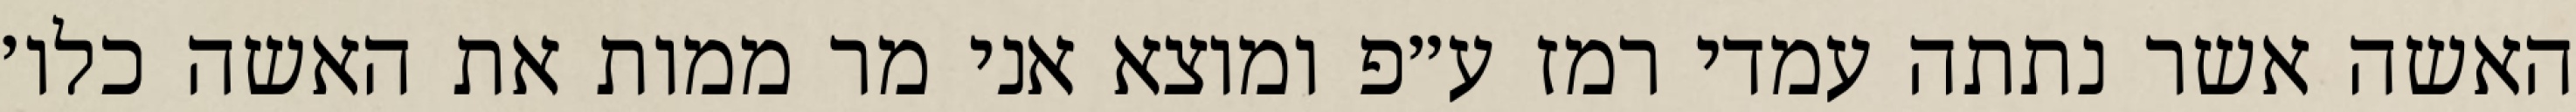
האשה אשר נתתה עמדי רמז ע״פ ומוצא אני מר ממות את האשה כלו׳